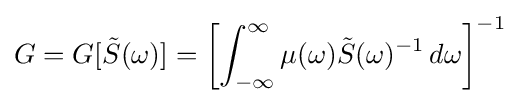
G=G[{\tilde {S}}(\omega )]=\left[\int _{-\infty }^{\infty }\mu (\omega ){\tilde {S}}(\omega )^{-1}\,d\omega \right]^{-1}